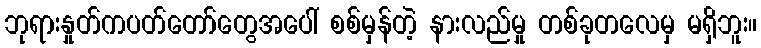
ဘုရားနှုတ်ကပတ်တော်တွေအပေါ် စစ်မှန်တဲ့ နားလည်မှု တစ်ခုတလေမှ မရှိဘူး။